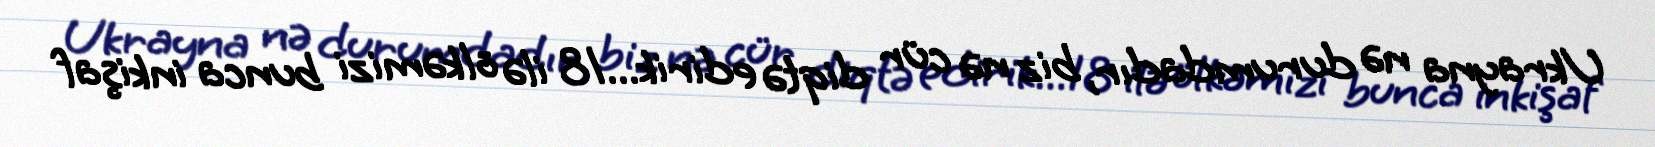
Ukrayna nə durumdadır, biz nə cür diqtə edirik...18 ilə ölkəmizi bunca inkişaf